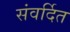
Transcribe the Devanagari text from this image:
संवर्दित